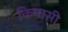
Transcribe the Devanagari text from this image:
किमासी